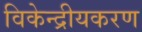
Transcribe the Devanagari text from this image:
विकेन्द्रीयकरण